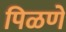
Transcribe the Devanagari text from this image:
पिळणे